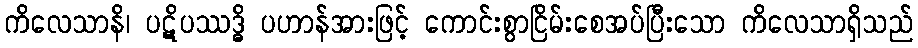
ကိလေသာနိ၊ ပဋိပဿဒ္ဓိ ပဟာန်အားဖြင့် ကောင်းစွာငြိမ်းစေအပ်ပြီးသော ကိလေသာရှိသည်